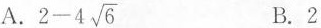
A. $$2-4 \sqrt{6}$$ B.2